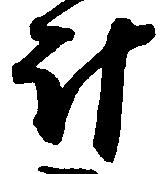
斗